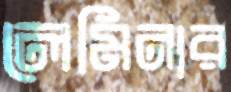
লেমিনার